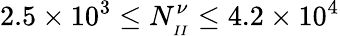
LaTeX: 2.5\times 10^{3}\leq N_{_{II}}^{\nu}\leq 4.2\times 10^{4}